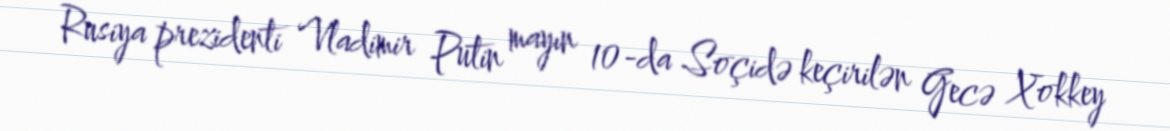
Rusiya prezidenti Vladimir Putin mayın 10-da Soçidə keçirilən Gecə Xokkey